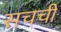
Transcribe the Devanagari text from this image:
सचची